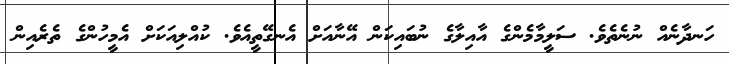
ހަނދާނެއް ނުނެތެވެ. ސަލީމާމެންގެ އާއިލާގެ ނުބައިކަން އޭނާއަށް އެނގޭތީއެވެ. ކުއްލިއަކަށް އެމީހުންގެ ތެރެއިން